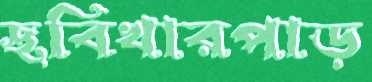
ছবিখারপাড়